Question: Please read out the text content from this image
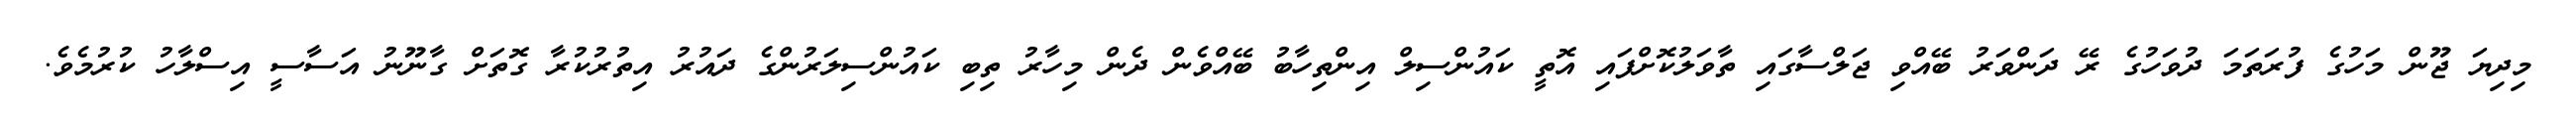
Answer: މިދިޔަ ޖޫން މަހުގެ ފުރަތަމަ ދުވަހުގެ ރޭ ދަންވަރު ބޭއްވި ޖަލްސާގައި ތާވަލުކޮށްފައި އޮތީ ކައުންސިލް އިންތިހާބު ބޭއްވެން ދެން މިހާރު ތިބި ކައުންސިލަރުންގެ ދައުރު އިތުރުކުރާ ގޮތަށް ގާނޫނު އަސާސީ އިސްލާހު ކުރުމެވެ.